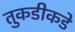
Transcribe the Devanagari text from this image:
तुकडीकडे